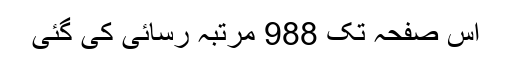
اِس صفحہ تک 988 مرتبہ رسائی کی گئی